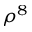
\rho ^ { 8 }